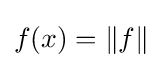
f(x)=\|f\|